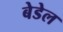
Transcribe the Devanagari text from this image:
बेडेल